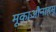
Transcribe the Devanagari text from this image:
मूकाऔनाहमू